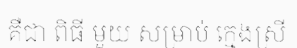
គឺជា ពិធី មួយ សម្រាប់ ក្មេងស្រី